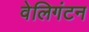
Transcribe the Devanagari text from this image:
वेलिगंटन